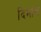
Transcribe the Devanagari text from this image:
दिमांच